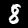
Label: 8